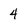
Character: 4